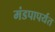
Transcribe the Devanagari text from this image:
मंडपापर्यंत